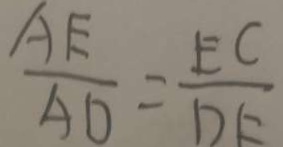
\frac { A E } { A D } = \frac { E C } { D E }